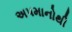
અપમાનોથી